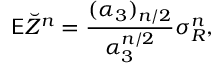
\mathsf E \breve { Z } ^ { n } = \frac { ( \alpha _ { 3 } ) _ { n / 2 } } { \alpha _ { 3 } ^ { n / 2 } } \sigma _ { R } ^ { n } ,